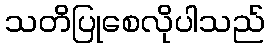
သတိပြုစေလိုပါသည်